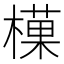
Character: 𪳰